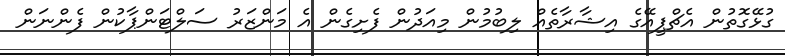
ގުޅޭގޮތުން އެޗްޕީއޭގެ އިޝާރާތެއް ލިބުމުން މިއަދުން ފެށިގެން އެ މަންޒަރު ސަލްޓަންޕާކުން ފެންނަން